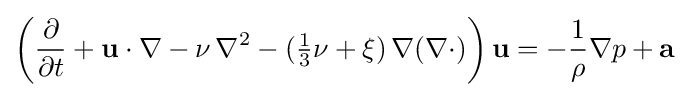
\left({\frac {\partial }{\partial t}}+\mathbf {u} \cdot \nabla -\nu \,\nabla ^{2}-({\tfrac {1}{3}}\nu +\xi )\,\nabla (\nabla \cdot )\right)\mathbf {u} =-{\frac {1}{\rho }}\nabla p+\mathbf {a}